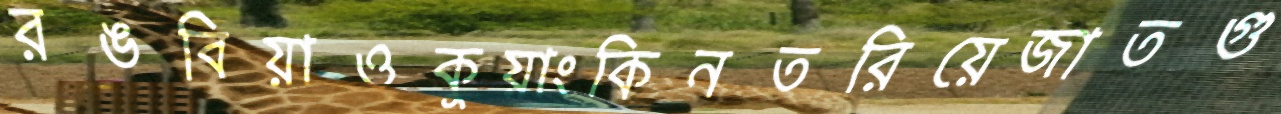
রঙবিয়াওকুয়াংকিনতরিয়েজাতগু